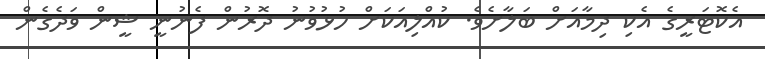
އެކޮޓަރީގެ އެކި ދިމާއަށް ބަލާށެވެ. ކުއްލިއަކަށް ހުޅުވުނު ދޮރުން ފެނުނީ ޝީން ވަދެގެން